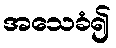
အသေခံ၍